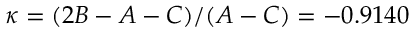
\kappa = ( 2 B - A - C ) / ( A - C ) = - 0 . 9 1 4 0